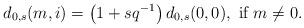
LaTeX: \begin{align*}d_{0,s}(m,i)=\left(1+sq^{-1}\right)d_{0,s}(0,0),\mbox{ if }m\ne 0.\end{align*}